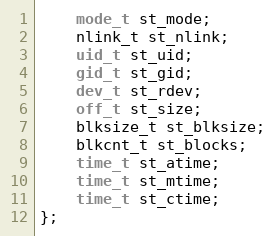
Language: C
    mode_t st_mode;
    nlink_t st_nlink;
    uid_t st_uid;
    gid_t st_gid;
    dev_t st_rdev;
    off_t st_size;
    blksize_t st_blksize;
    blkcnt_t st_blocks;
    time_t st_atime;
    time_t st_mtime;
    time_t st_ctime;
};